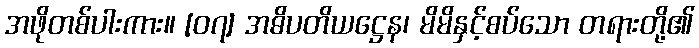
အဖိုတစ်ပါးကား။ [၀၇] အဓိပတိယဋ္ဌေန၊ မိမိနှင့်စပ်သော တရားတို့၏